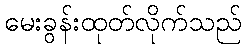
မေးခွန်းထုတ်လိုက်သည်